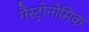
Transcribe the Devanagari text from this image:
गैस्ट्रोनोमिक